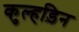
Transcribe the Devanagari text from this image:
कुल्‍हड़िन